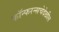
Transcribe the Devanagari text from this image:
कॉन्फरन्सचेदेखील